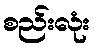
စည်းလုံး